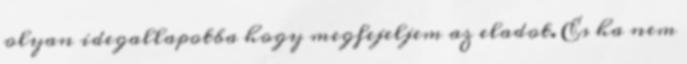
olyan idegallapotba hogy megfejeljem az eladot. Es ha nem